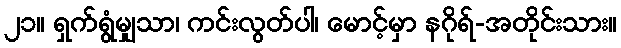
၂၁။ ရှက်ရွံမျှသာ၊ ကင်းလွတ်ပါ၊ မောင့်မှာ နဂိုရ်-အတိုင်းသား။